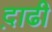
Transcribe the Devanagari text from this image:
द़ाढी